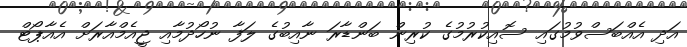
އަދި އެއްބަސްވުމުގައި ސޮއިކުރުމުގެ ކުރިން ބަންޑާރަ ނާއިބުގެ ލަފާ ނުހޯދުމާއި ޖީއެމްއާރަށް އެއާޕޯޓް